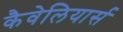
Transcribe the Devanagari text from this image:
कैवेलियार्स